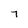
Character: 7